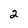
Character: 2